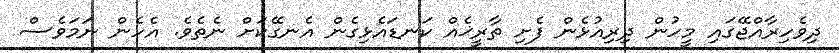
ދިވެހިރާއްޖޭގައި މީހުން ދިރިއުޅެން ފެށި ތާރީޚެއް ކަނޑައެޅިގެން އެނގޭކަށް ނެތެވެ. އެހެން ނަމަވެސް